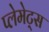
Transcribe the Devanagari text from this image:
प्लेमेट्स